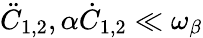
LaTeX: \ddot{C}_{1,2},\alpha\dot{C}_{1,2}\ll\omega_{\beta}